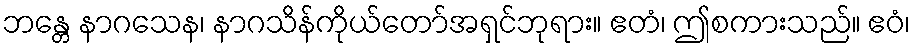
ဘန္တေ နာဂသေန၊ နာဂသိန်ကိုယ်တော်အရှင်ဘုရား။ ဧတံ၊ ဤစကားသည်။ ဧဝံ၊